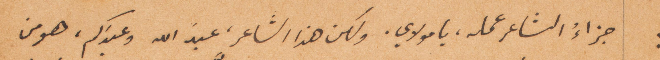
جزاء الشاعر عمله، يا مولاي، ولكن هذا الشاعر، عبد الله وعبدكم، هو من